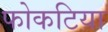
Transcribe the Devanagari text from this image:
फोकटिया